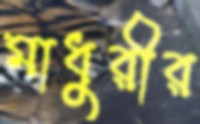
মাধুরীর